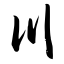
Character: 川